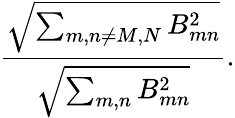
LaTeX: \frac{\sqrt{\sum_{m,n\neq M,N}B_{mn}^{2}}}{\sqrt{\sum_{m,n}B_{mn}^{2}}}.